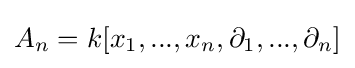
A_{n}=k[x_{1},...,x_{n},\partial _{1},...,\partial _{n}]